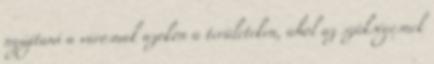
nyújtani a városnak azokon a területeken, ahol az szükségesnek